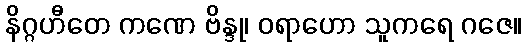
နိဂ္ဂဟီတေ ကဏေ ဗိန္ဒု၊ ဝရာဟော သူကရေ ဂဇေ။